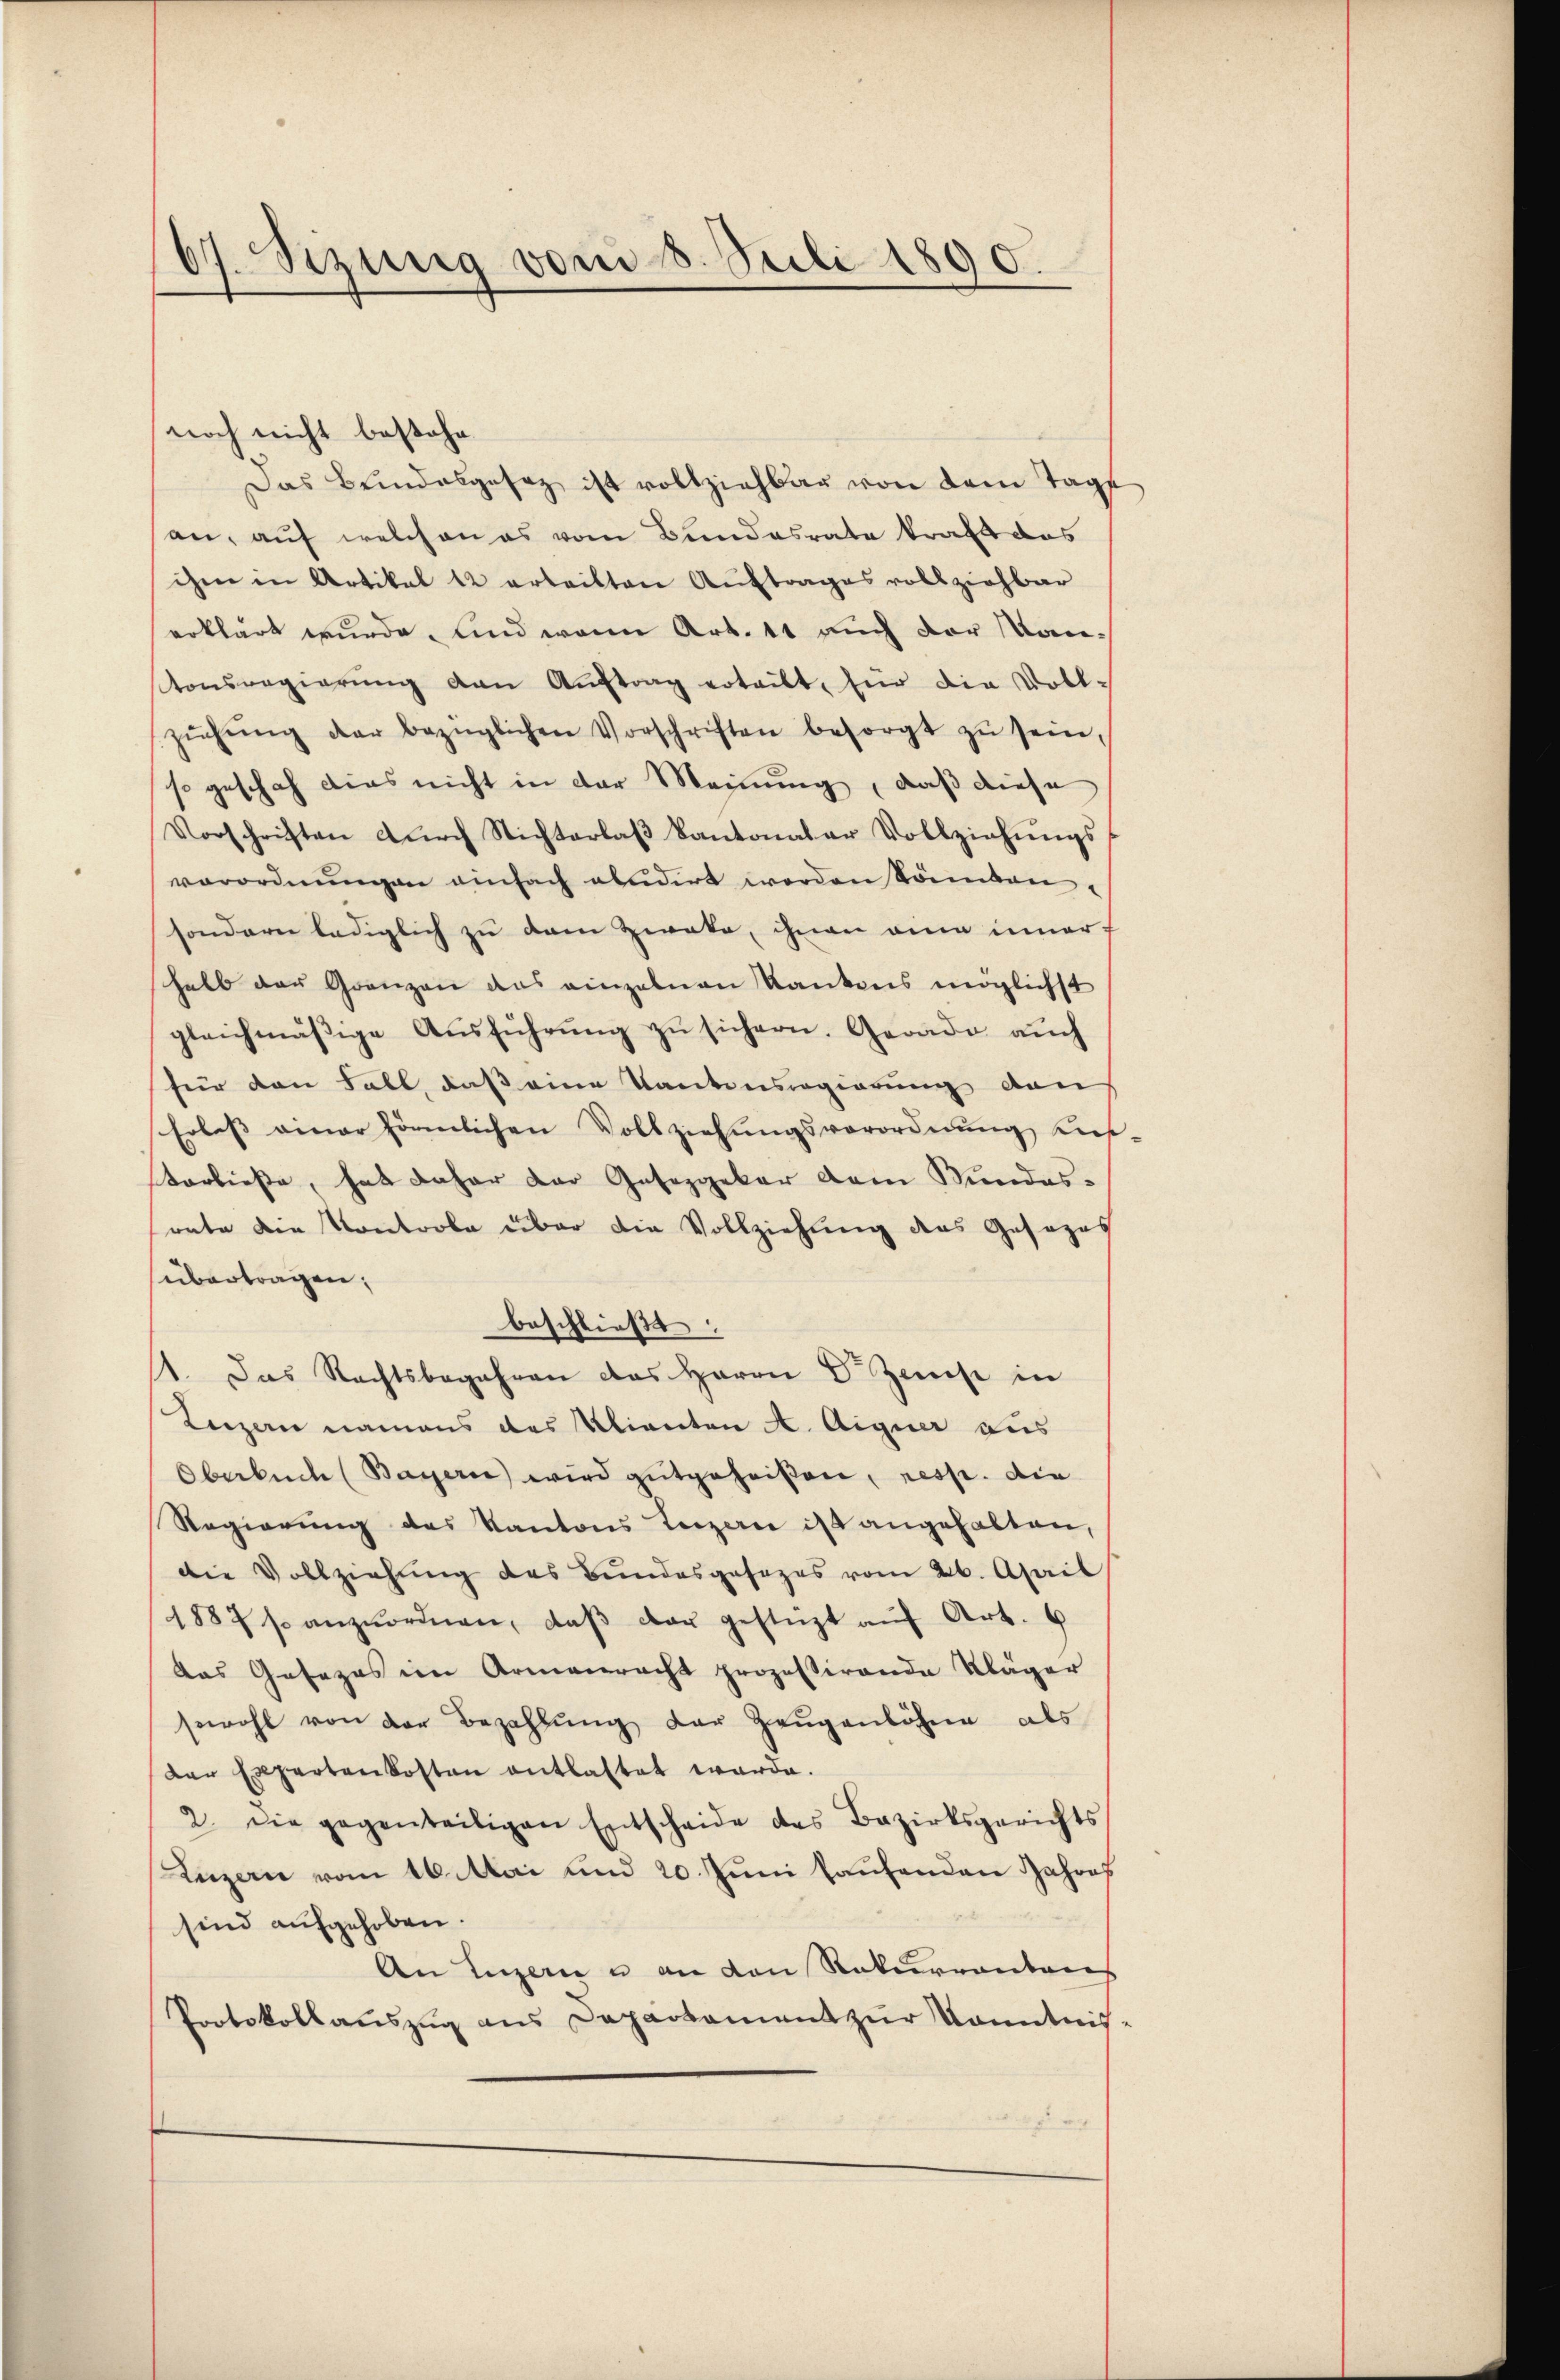
67. Setzung vom 8. Juli 1890.

noch nicht bestehe.
Das Bundesgesez ist vollziehbar von dem Tage
an, auf welchen es vom Bundesrate kraft das
ihm in Artikel 12 erteilten Auftrages vollziehbar
erklärt wurde, und wenn Art. 11 auch der Kantonsregierŭng von Aŭftrag erteilt, für die Voll-
zŭgŭng der bezüglichen Vorschriften besorgt zŭ sein,
so geschah dies nicht in der Meinung, daß diese
Vorschriften dŭrch Nichterlaβ Kantonaler Vollziehŭngs-
verordnungen einfach absidirt werden sämten
sondern lediglich zu dem Zweke, ihnen eine inner
halb der Grenzen das einzelnen Rankens möglichst
gleichmäßige Aŭsführŭng zŭ sichern. Gerade aŭch
für den Fall daß eine Kantonsregierung den
Erlass einer förmlichen Vollziehungsverordnung un-
Vorließe, hat daher der Gesetzgeber dem Bundesrate die Kontrole über die Vollziehung des Gesezes
übertragen;
beschließt:
1. Das Rechtsbegehren das Herrn Dr. Zwiese in
Keizern namens des Klienten A. Aigner aus
Oberbuch (Bayerne wird gutgeheißen, resp. die
Regierŭng des Kantons Terzere ist angehalten,
die Vollziehŭng des Bŭndesgesezes vom 26. April
1887 s. anzŭordnen, daβ der gestüzt aŭf Art. 6
das Gesezes im Armenrecht prozessirende Kläger
sowohl von der Bezahlŭng der Zeŭgenbührer als
Dar Expertenkosten entlastet werde.
2. die gegenteiligen Entscheide des Bezirksgerichts
Luzern vom 16. Mai und 20. Juni laufenden Jahres
sind aufgehoben.
An Luzern u an den Rekurrentens
Protokollaŭszŭg ans Departament zŭr Kenntnis-